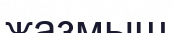
жазмыш